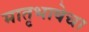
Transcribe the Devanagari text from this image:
मातृभाषेचा